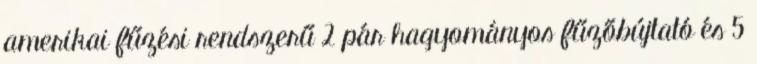
amerikai fűzési rendszerű 2 pár hagyományos fűzőbújtató és 5